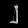
Digit: ၂